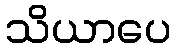
သိယာပေ